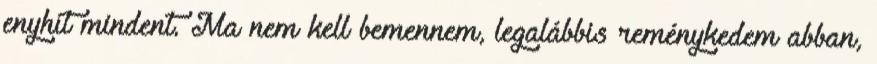
enyhít mindent. Ma nem kell bemennem, legalábbis reménykedem abban,